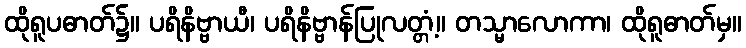
ထိုရူပဓာတ်၌။ ပရိနိဗ္ဗာယီ၊ ပရိနိဗ္ဗာန်ပြုလတ္တံ့။ တသ္မာလောကာ၊ ထိုရူဓာတ်မှ။